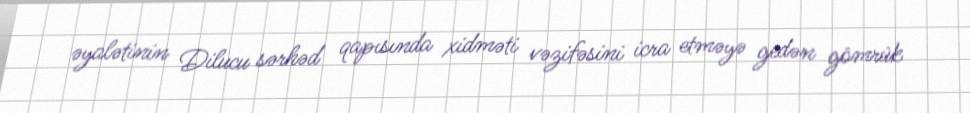
əyalətinin Dilucu sərhəd qapısında xidməti vəzifəsini icra etməyə gedən gömrük